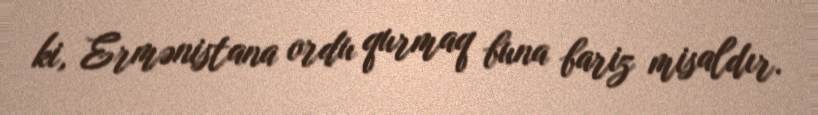
ki, Ermənistana ordu qurmaq buna bariz misaldır.